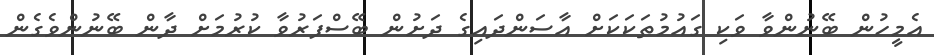
އެމީހުން ބޭނުންވާ ވަކި ގައުމުތަކަކަށް އާސަންދައިގެ ދަށުން ބޭސްފަރުވާ ކުރުމަށް ދާން ބޭނުންވެގެން